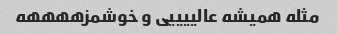
مثله همیشه عالییییی و خوشمزههههه